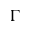
\Gamma